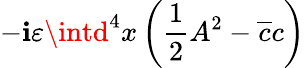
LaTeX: -\mathbf{i}\varepsilon\intd^{4}x\left(\frac{{1}}{{2}}A^{2}-\overline{{{{c}}}}c\right)